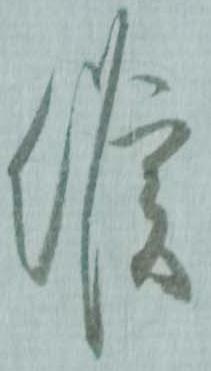
候